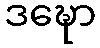
ဒဍ္ဎော